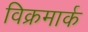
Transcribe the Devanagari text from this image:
विक्रमार्क